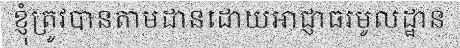
ខ្ញុំត្រូវបានតាមដានដោយអាជ្ញាធរមូលដ្ឋាន